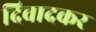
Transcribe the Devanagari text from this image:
दिवादकर